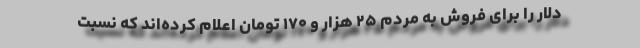
دلار را برای فروش به مردم ۲۵ هزار و ۱۷۰ تومان اعلام کرده‌اند که نسبت